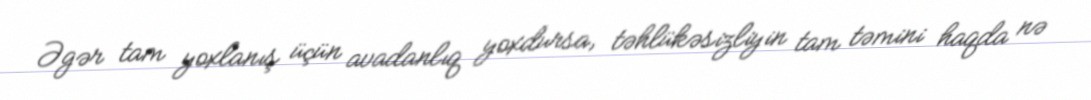
Əgər tam yoxlanış üçün avadanlıq yoxdursa, təhlükəsizliyin tam təmini haqda nə